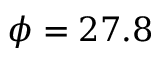
\phi = 2 7 . 8 \